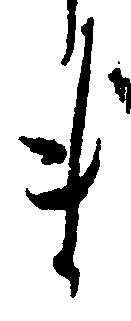
ま